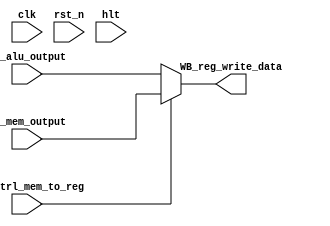
//WRITEBACK MODULE
//Takes in the mem and alu outputs from CPU, and chooses which to store to 
// register memory, if any

module WB(clk, rst_n, hlt, WB_mem_output, WB_alu_output, WB_cntrl_mem_to_reg, WB_reg_write_data);
  input clk, rst_n, hlt, WB_cntrl_mem_to_reg;
  input [15:0] WB_mem_output, WB_alu_output;
  output [15:0] WB_reg_write_data;
  
	//choose either mem or alu output as writeback value
  assign WB_reg_write_data = WB_cntrl_mem_to_reg ? WB_mem_output : WB_alu_output; 
  
endmodule